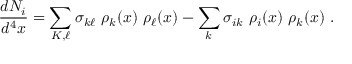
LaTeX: { \frac { d N _ { i } } { d ^ { 4 } x } } = \sum _ { K , \ell } \sigma _ { k \ell } \ \rho _ { k } ( x ) \ \rho _ { \ell } ( x ) - \sum _ { k } \sigma _ { i k } \ \rho _ { i } ( x ) \ \rho _ { k } ( x ) \ .